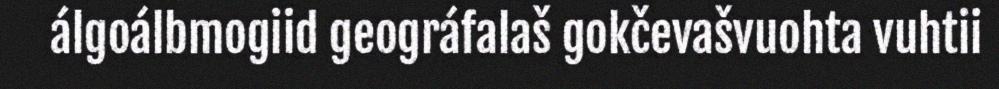
álgoálbmogiid geográfalaš gokčevašvuohta vuhtii